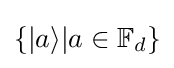
\{|a\rangle |a\in \mathbb {F} _{d}\}